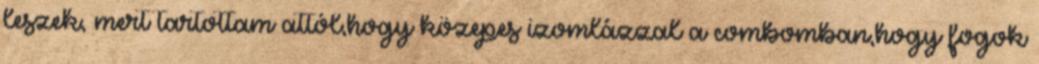
leszek, mert tartottam attól,hogy közepes izomlázzal a combomban,hogy fogok